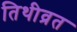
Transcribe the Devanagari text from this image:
तिथीव्रत